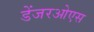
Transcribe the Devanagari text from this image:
डेंजरओएस